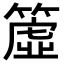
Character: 𥳁